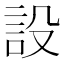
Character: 設